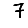
Digit: 7